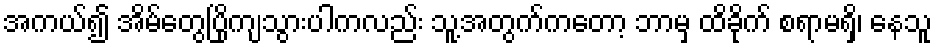
အကယ်၍ အိမ်တွေပြိုကျသွားပါကလည်း သူ့အတွက်ကတော့ ဘာမှ ထိခိုက် စရာမရှိ၊ နေသူ